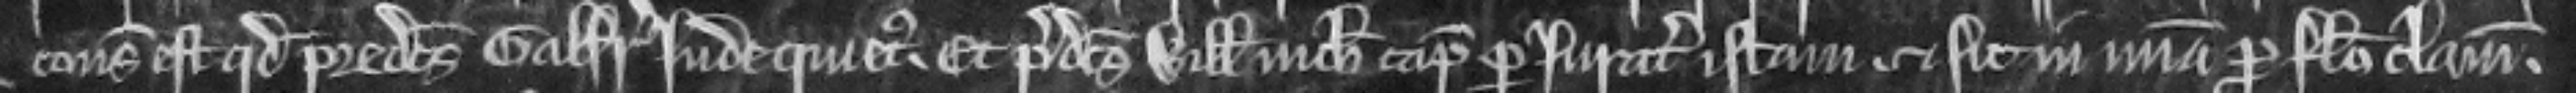
consideratum est quod predictus Galfridus inde quietus et predictus Willelmus nichil capiat per juratam istam et sit in misericordia pro falso clamore.